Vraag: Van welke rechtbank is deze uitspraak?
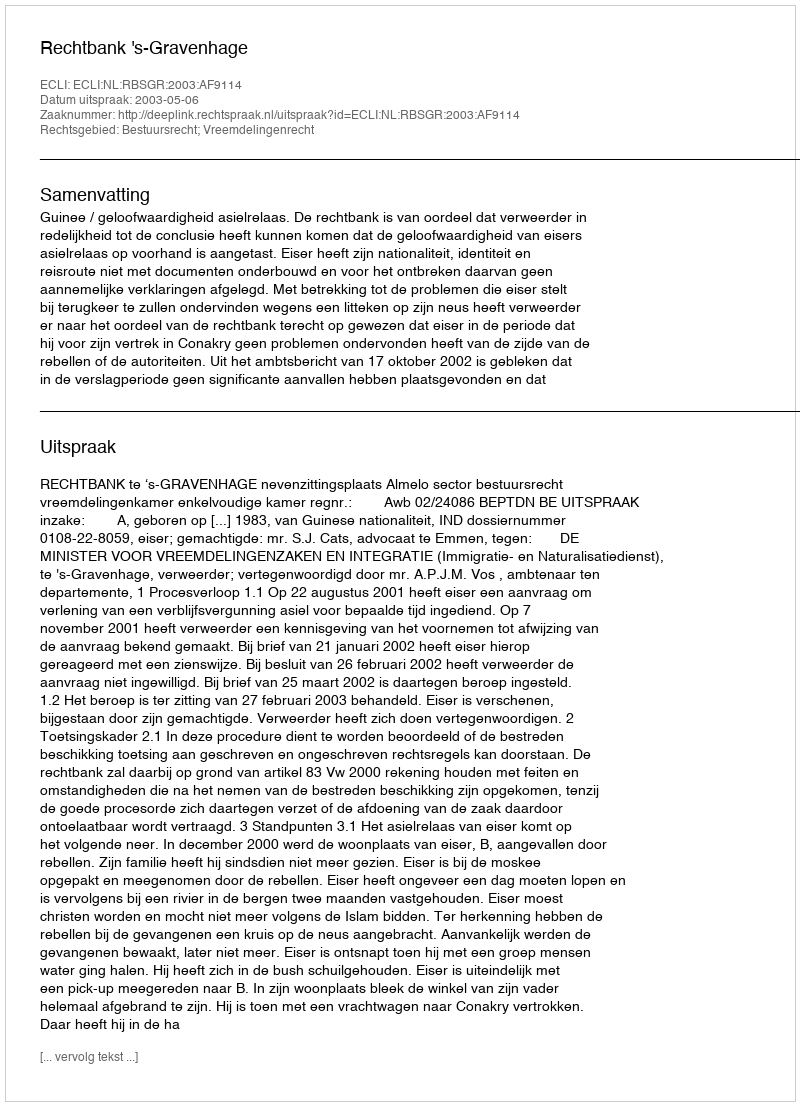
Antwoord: Rechtbank 's-Gravenhage